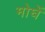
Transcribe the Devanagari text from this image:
मोघें